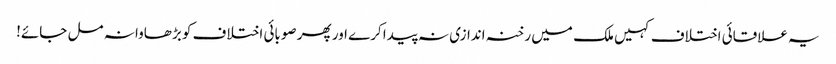
یہ علاقائی اختلاف کہیں ملک میں رخنہ اندازی نہ پیدا کرے اور پھر صوبائی اختلاف کو بڑھاوا نہ مل جائے!